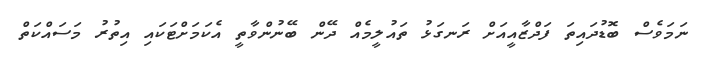
ނަމަވެސް ބޮޑުދައިތަ ފަދްޒާއީއަށް ރަނގަޅު ތައުލީމެއް ދޭން ބޭނުންވާތީ އެކަމަށްޓަކައި އިތުރު މަސައްކަތް